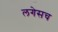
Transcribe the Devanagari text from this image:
लगेसच